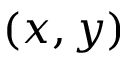
( x , y )